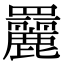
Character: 𦌿